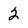
Character: 2